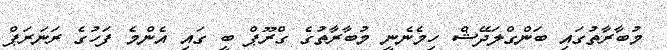
މުބާރާތުގައި ބަންގްލަދޭޝް ހިމެނެނީ މުބާރާތުގެ ގްރޫޕް ބީ ގައި އެންމެ ފަހުގެ ރަނަރަޕް